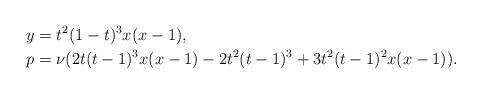
LaTeX: \begin{align*}&y=t^2(1-t)^3x(x-1),\\&p=\nu(2t(t-1)^3x(x-1)-2t^2(t-1)^3+3t^2(t-1)^2x(x-1)).\end{align*}